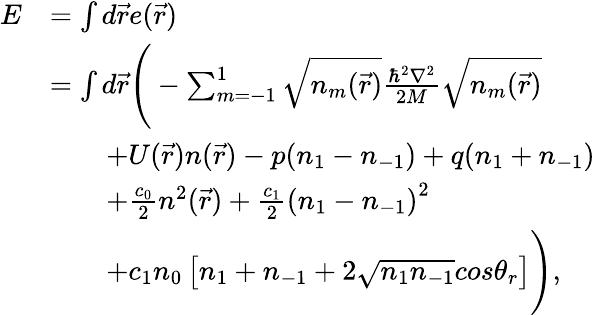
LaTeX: \begin{array}{rl}{E}&{=\int d\vec{r}e(\vec{r})}\\ &{=\int d\vec{r}\Bigg(-\sum_{m=-1}^{1}\sqrt{n_{m}(\vec{r})}\frac{\hbar^{2}\nabla^{2}}{2M}\sqrt{n_{m}(\vec{r})}}\\ &{\qquad+U(\vec{r})n(\vec{r})-p(n_{1}-n_{-1})+q(n_{1}+n_{-1})}\\ &{\qquad+\frac{c_{0}}{2}n^{2}(\vec{r})+\frac{c_{1}}{2}\left(n_{1}-n_{-1}\right)^{2}}\\ &{\qquad+c_{1}n_{0}\left[n_{1}+n_{-1}+2\sqrt{n_{1}n_{-1}}cos\theta_{r}\right]\Bigg),}\end{array}